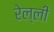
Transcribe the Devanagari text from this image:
रेल्ली